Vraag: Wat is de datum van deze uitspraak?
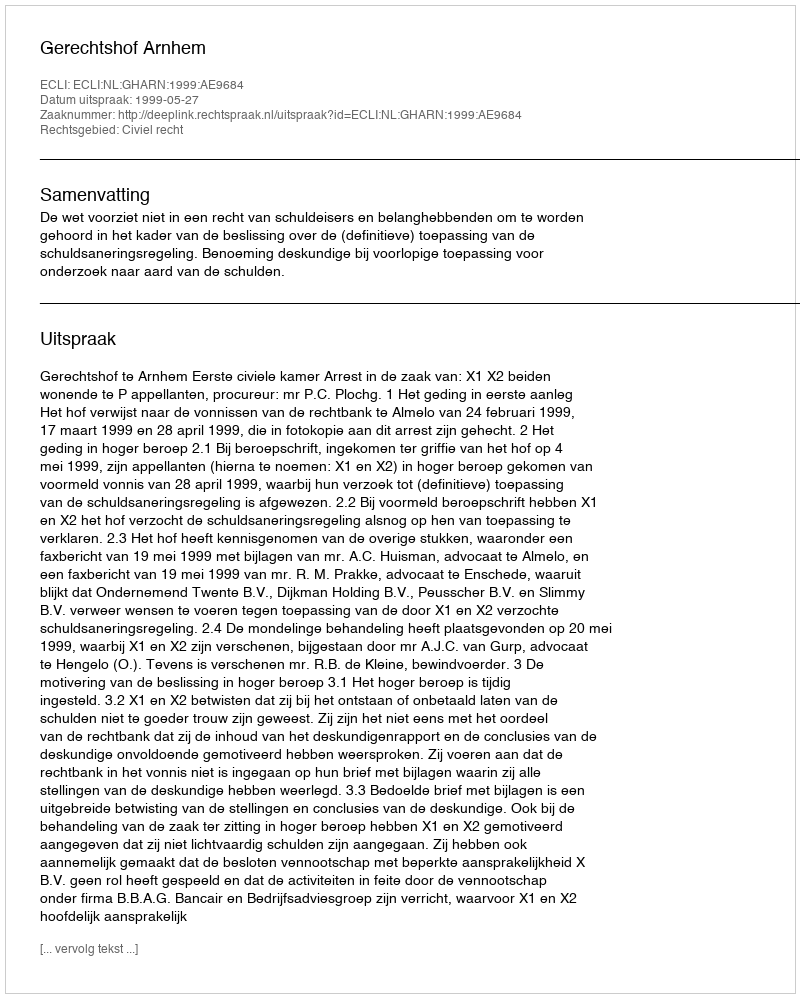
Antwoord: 1999-05-27